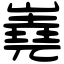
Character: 嶤